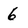
Character: 6